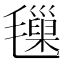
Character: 𣰩